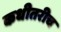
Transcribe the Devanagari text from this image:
कधीतरीच